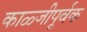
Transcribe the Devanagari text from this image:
काळ्जीपूर्वक